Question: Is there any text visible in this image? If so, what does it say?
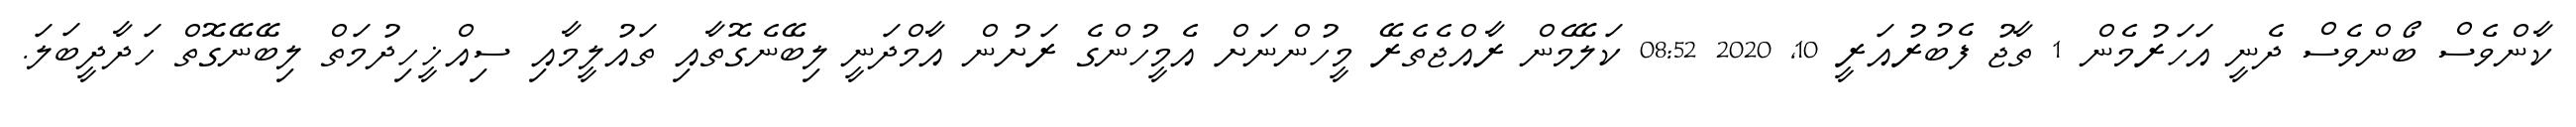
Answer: ކާންވެސް ބޯންވެސް ދެނީ އަހަރުމެން 1 ތާޖު ފެބުރުއަރީ 10, 2020 08:52 ކަލޭމެން ރާއްޖެތެރޭ މީހުންނަށް އެމީހުންގެ ރަށުން އާމްދަނީ ލިބޭނެގޮތާއި ތައުލީމާއި ސިއްޚީހިދުމަތް ލިބޭނޭގޮތް ހަދާދީބަލަ.